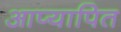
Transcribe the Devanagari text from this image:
आप्यापित